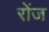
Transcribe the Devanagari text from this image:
रोंज